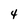
Character: 4